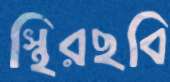
স্থিরছবি